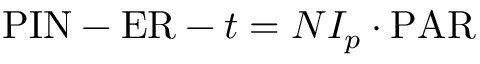
{ \mathrm { P I N } } - { \mathrm { E R } } - t = N I _ { p } \cdot { \mathrm { P A R } }